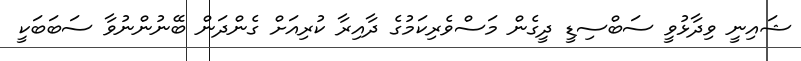
ޝައިނީ ވިދާޅުވީ ސަބްސިޑީ ދީގެން މަސްވެރިކަމުގެ ދާއިރާ ކުރިއަށް ގެންދަން ބޭނުންނުވާ ސަބަބަކީ